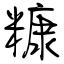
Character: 糠